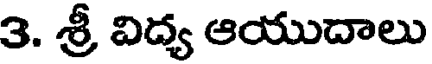
3. శ్రీ విద్య ఆయుదాలు